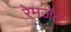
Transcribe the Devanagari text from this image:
रेमजेट